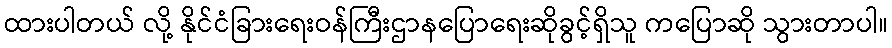
ထားပါတယ် လို့ နိုင်ငံခြားရေးဝန်ကြီးဌာနပြောရေးဆိုခွင့်ရှိသူ ကပြောဆို သွားတာပါ။